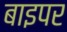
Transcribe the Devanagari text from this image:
बाइपर